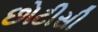
છોટીસી